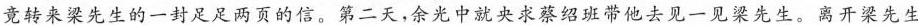
竟来梁先生的一封足足两页的信。第二天，余光中就央求蔡绍他去见一见梁先生。离开梁先生